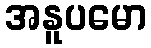
အနူပမော